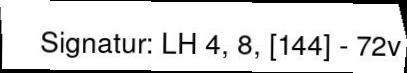
Signatur: LH 4, 8, [144] - 72v